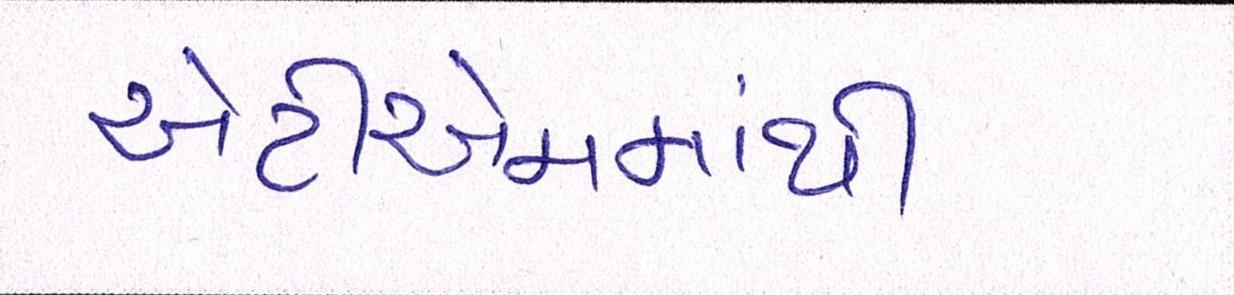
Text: એટીએમમાંથી